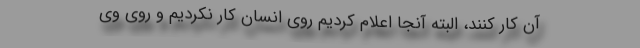
آن کار کنند، البته آنجا اعلام کردیم روی انسان کار نکردیم و روی وی